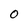
Character: 0